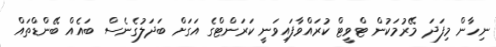
ނިހާން މިފަދަ މޭރުމަކުން ޓްވީޓް ކުރައްވާފައިވަނީ ކަރަންޓްގެ އަގަށް ބަދަލުގެނެސް ބައެއް ބޭންޑްތައް